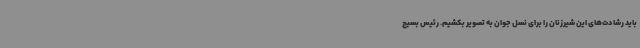
باید رشادت‌های این شیرزنان را برای نسل جوان به تصویر بکشیم. رئیس بسیج